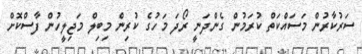
ސަރުކާރުން މަސައްކަތް ކުރަމުން ގެންދަނީ ރޯދަ މަހުގެ ކުރިން މިބިލް މަޖިލީހުން ފާސްކޮށް